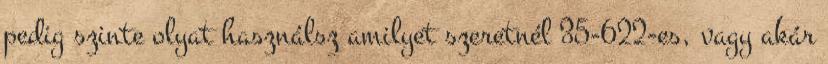
pedig szinte olyat használsz amilyet szeretnél 35-622-es, vagy akár